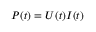
P ( t ) = U ( t ) I ( t )